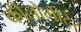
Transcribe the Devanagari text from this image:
कीलोमीटेर